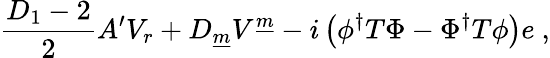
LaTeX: \frac{D_{1}-2}{2}A^{\prime}V_{r}+D_{\underline{{m}}}V^{\underline{{m}}}-i\left(\phi^{\dagger}T\Phi-\Phi^{\dagger}T\phi\right)e~,